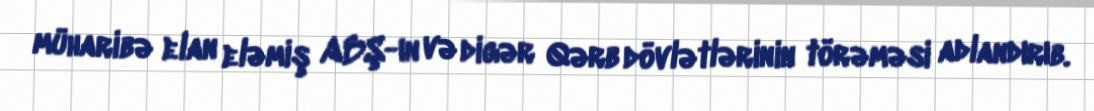
müharibə elan eləmiş ABŞ-ın və digər Qərb dövlətlərinin törəməsi adlandırıb.